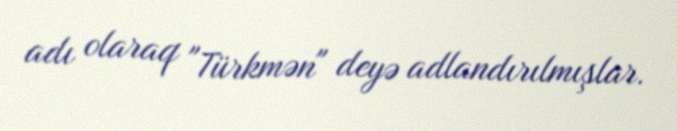
adı olaraq "Türkmən" deyə adlandırılmışlar.